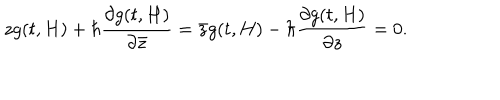
z g ( t , H ) + \hbar \frac { \partial g ( t , H ) } { \partial { \bar { z } } } = { \bar { z } } g ( t , H ) - \hbar \frac { \partial g ( t , H ) } { \partial z } = 0 .